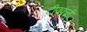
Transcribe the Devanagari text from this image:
टीफ्फनी